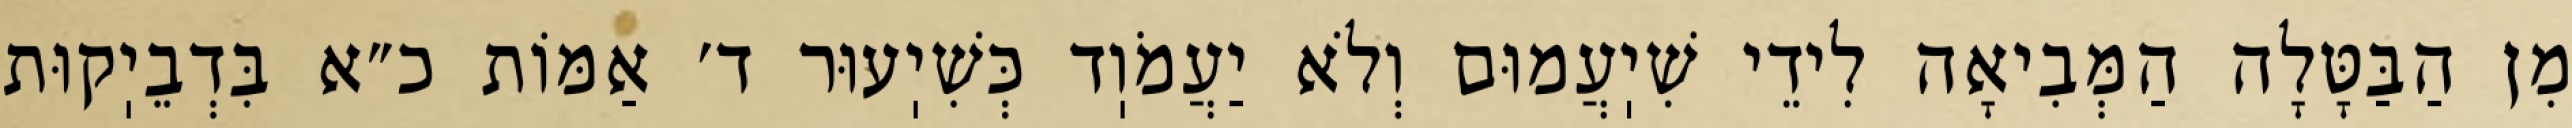
מִן הַבַּטָּלָה הַמְּבִיאָה לִידֵי שִׁיֽעֲמוּם וְלֹא יַעֲמֹוֽד כְּשִׁיֽעוּר ד׳ אַמּוֹת כ״א בִּדְבֵיֽקוּת